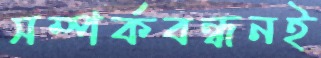
সম্পর্কবন্ধনই